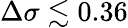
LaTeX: \Delta\sigma\lesssim 0.36